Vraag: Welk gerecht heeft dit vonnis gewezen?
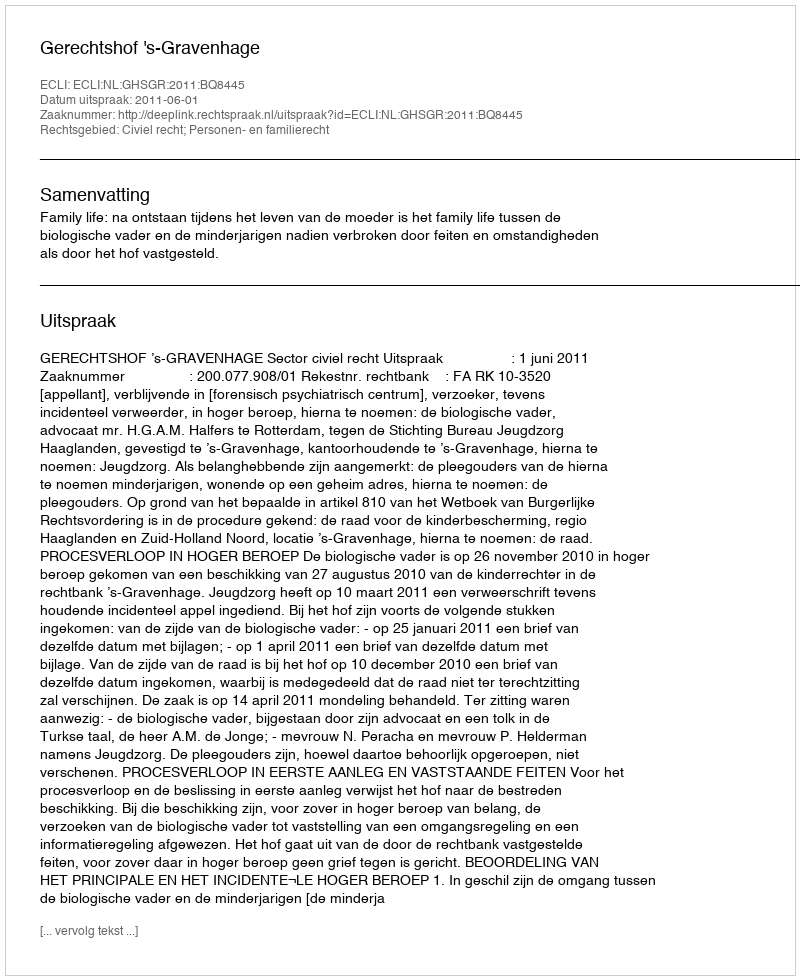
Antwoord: Gerechtshof 's-Gravenhage